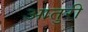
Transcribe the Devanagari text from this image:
आतुरी